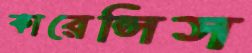
কারেন্সিস